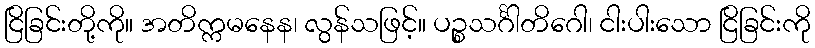
ငြိခြင်းတို့ကို။ အတိက္ကမနေန၊ လွန်သဖြင့်။ ပဉ္စသင်္ဂါတိဂေါ၊ ငါးပါးသော ငြိခြင်းကို